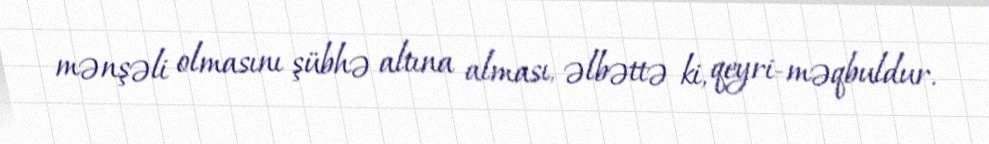
mənşəli olmasını şübhə altına alması, əlbəttə ki, qeyri-məqbuldur.